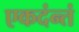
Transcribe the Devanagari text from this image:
एकदंन्तं